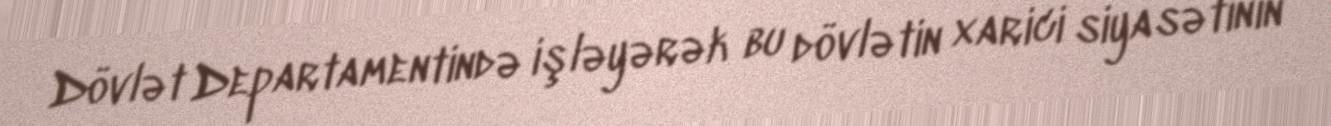
Dövlət Departamentində işləyərək bu dövlətin xarici siyasətinin